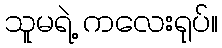
သူမရဲ့ ကလေးရုပ်။